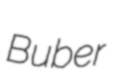
Buber